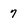
Character: 7